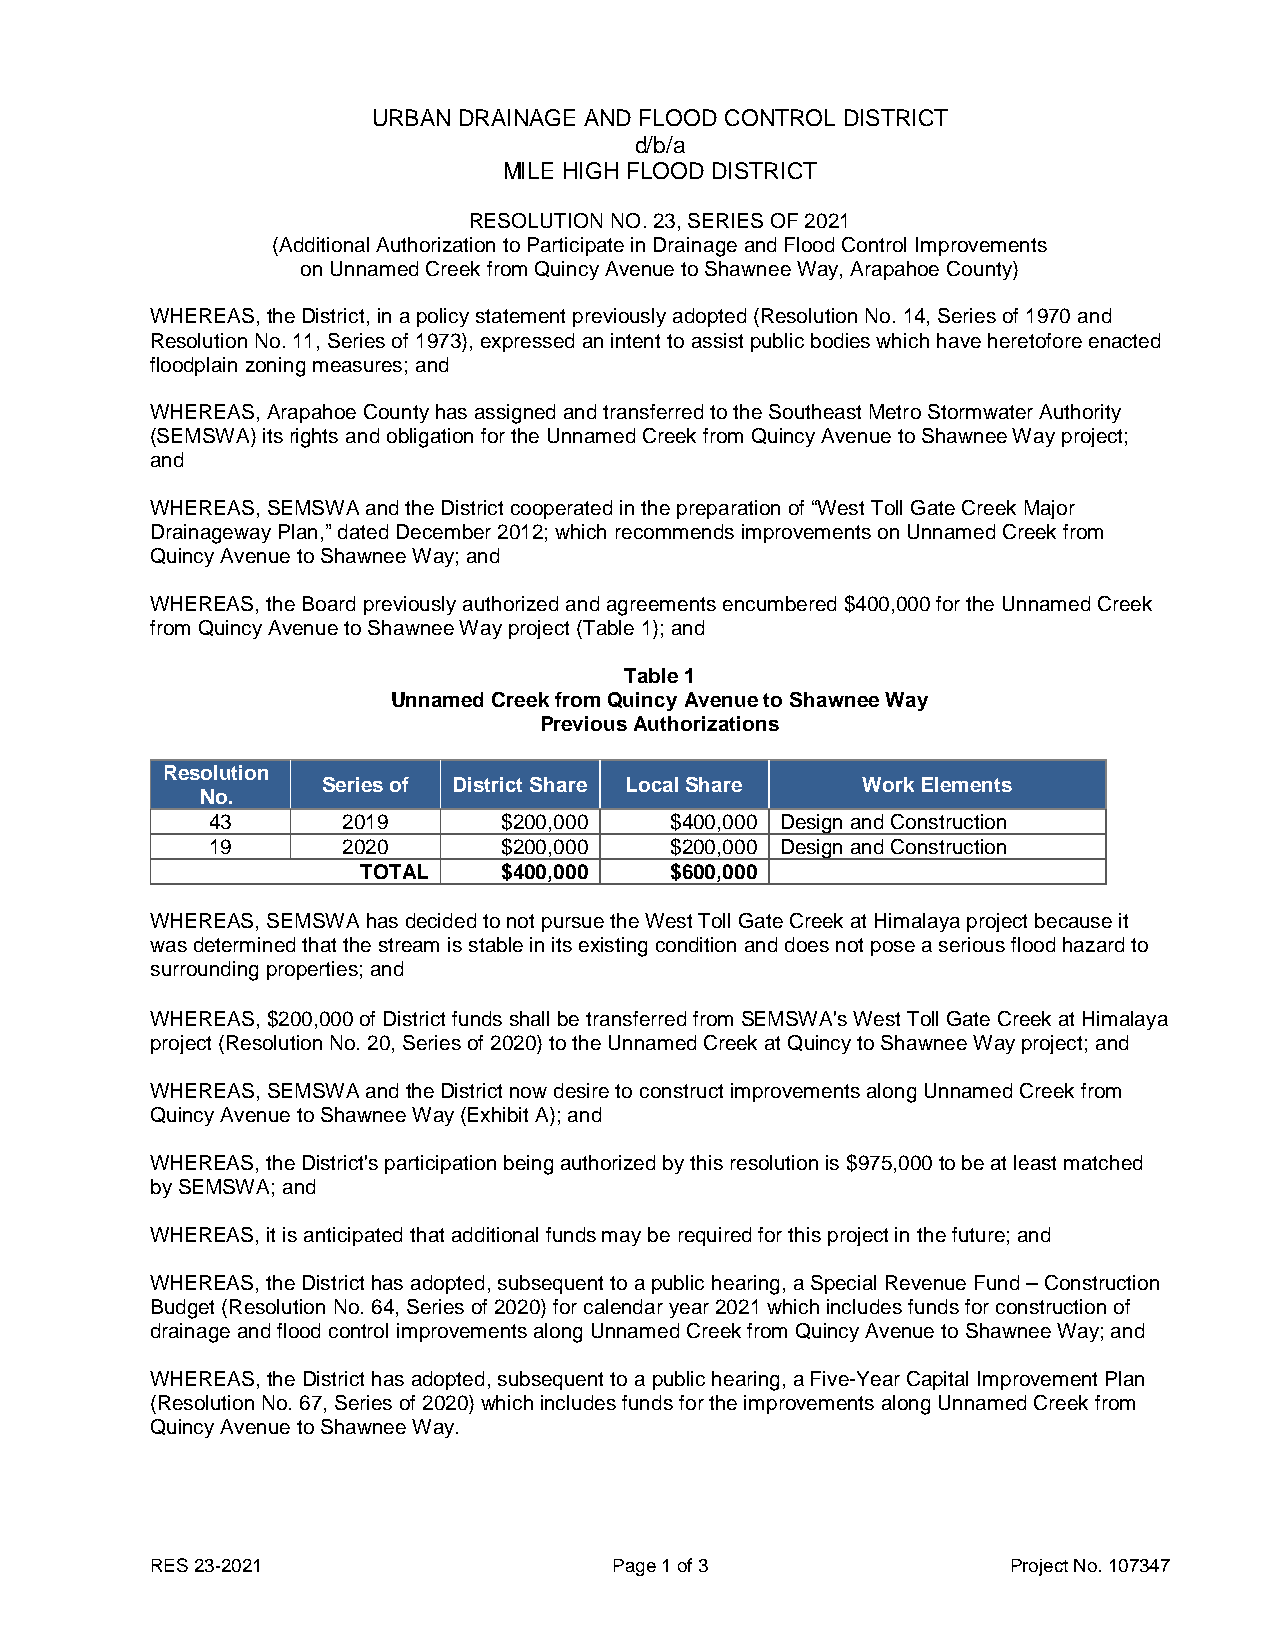
URBAN DRAINAGE AND FLOOD CONTROL DISTRICT
 d/b/a
 MILE HIGH FLOOD DISTRICT
 RESOLUTION NO. 23, SERIES OF 2021
 (Additional Authorization to Participate in Drainage and Flood Control Improvements
 on Unnamed Creek from Quincy Avenue to Shawnee Way, Arapahoe County)
 WHEREAS, the District, in a policy statement previously adopted (Resolution No. 14, Series of 1970 and
 Resolution No. 11, Series of 1973), expressed an intent to assist public bodies which have heretofore enacted
 floodplain zoning measures; and
 WHEREAS, Arapahoe County has assigned and transferred to the Southeast Metro Stormwater Authority
 (SEMSWA) its rights and obligation for the Unnamed Creek from Quincy Avenue to Shawnee Way project;
 and
 WHEREAS, SEMSWA and the District cooperated in the preparation of “West Toll Gate Creek Major
 Drainageway Plan,” dated December 2012; which recommends improvements on Unnamed Creek from
 Quincy Avenue to Shawnee Way; and
 WHEREAS, the Board previously authorized and agreements encumbered $400,000 for the Unnamed Creek
 from Quincy Avenue to Shawnee Way project (Table 1); and
 Table 1
 Unnamed Creek from Quincy Avenue to Shawnee Way
 Previous Authorizations
 Resolution
 Series of District Share Local Share Work Elements
 No.
 43       2019      $200,000   $400,000 Design and Construction
 19       2020      $200,000   $200,000 Design and Construction
 TOTAL    $400,000   $600,000
 WHEREAS, SEMSWA has decided to not pursue the West Toll Gate Creek at Himalaya project because it
 was determined that the stream is stable in its existing condition and does not pose a serious flood hazard to
 surrounding properties; and
 WHEREAS, $200,000 of District funds shall be transferred from SEMSWA's West Toll Gate Creek at Himalaya
 project (Resolution No. 20, Series of 2020) to the Unnamed Creek at Quincy to Shawnee Way project; and
 WHEREAS, SEMSWA and the District now desire to construct improvements along Unnamed Creek from
 Quincy Avenue to Shawnee Way (Exhibit A); and
 WHEREAS, the District's participation being authorized by this resolution is $975,000 to be at least matched
 by SEMSWA; and
 WHEREAS, it is anticipated that additional funds may be required for this project in the future; and
 WHEREAS, the District has adopted, subsequent to a public hearing, a Special Revenue Fund – Construction
 Budget (Resolution No. 64, Series of 2020) for calendar year 2021 which includes funds for construction of
 drainage and flood control improvements along Unnamed Creek from Quincy Avenue to Shawnee Way; and
 WHEREAS, the District has adopted, subsequent to a public hearing, a Five-Year Capital Improvement Plan
 (Resolution No. 67, Series of 2020) which includes funds for the improvements along Unnamed Creek from
 Quincy Avenue to Shawnee Way.
 RES 23-2021                    Page 1 of 3               Project No. 107347